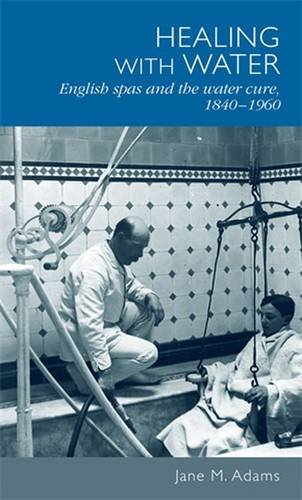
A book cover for Healing with water: English spas and the water cure, 1840-1960; Travel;